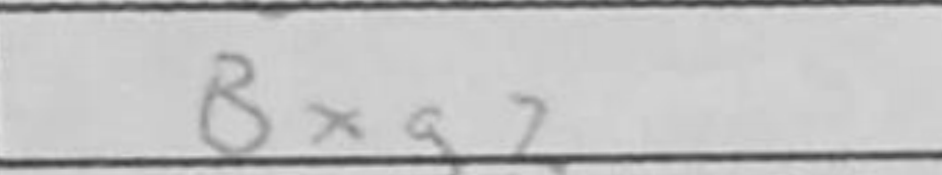
Transcription: Bxg2